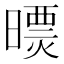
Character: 𣊠